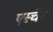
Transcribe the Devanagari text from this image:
एस्चेर